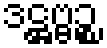
ဒဋ္ဌဗ္ဗဉ္စ